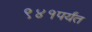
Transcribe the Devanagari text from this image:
९४१पर्यंत